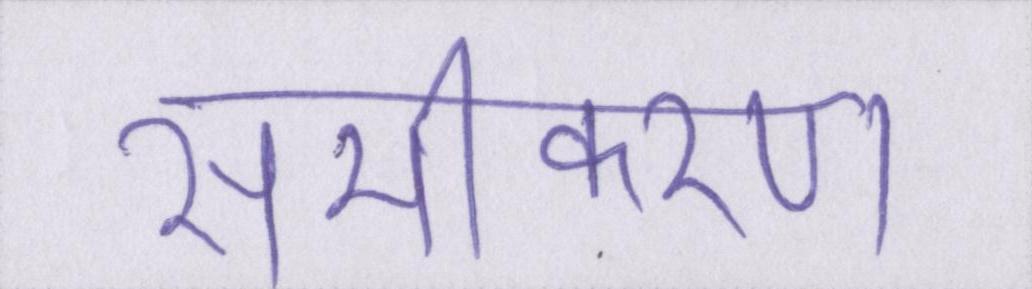
समीकरण